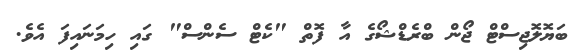
ބަޔޮލޮޖިސްޓް ޖޯން ބްރެޑްޝޯގެ އާ ފޮތް "ކެޓް ސެންސް" ގައި ހިމަނައިފަ އެވެ.